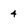
Character: 4